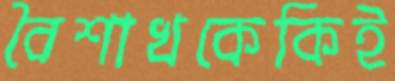
বৈশাখকেকিই